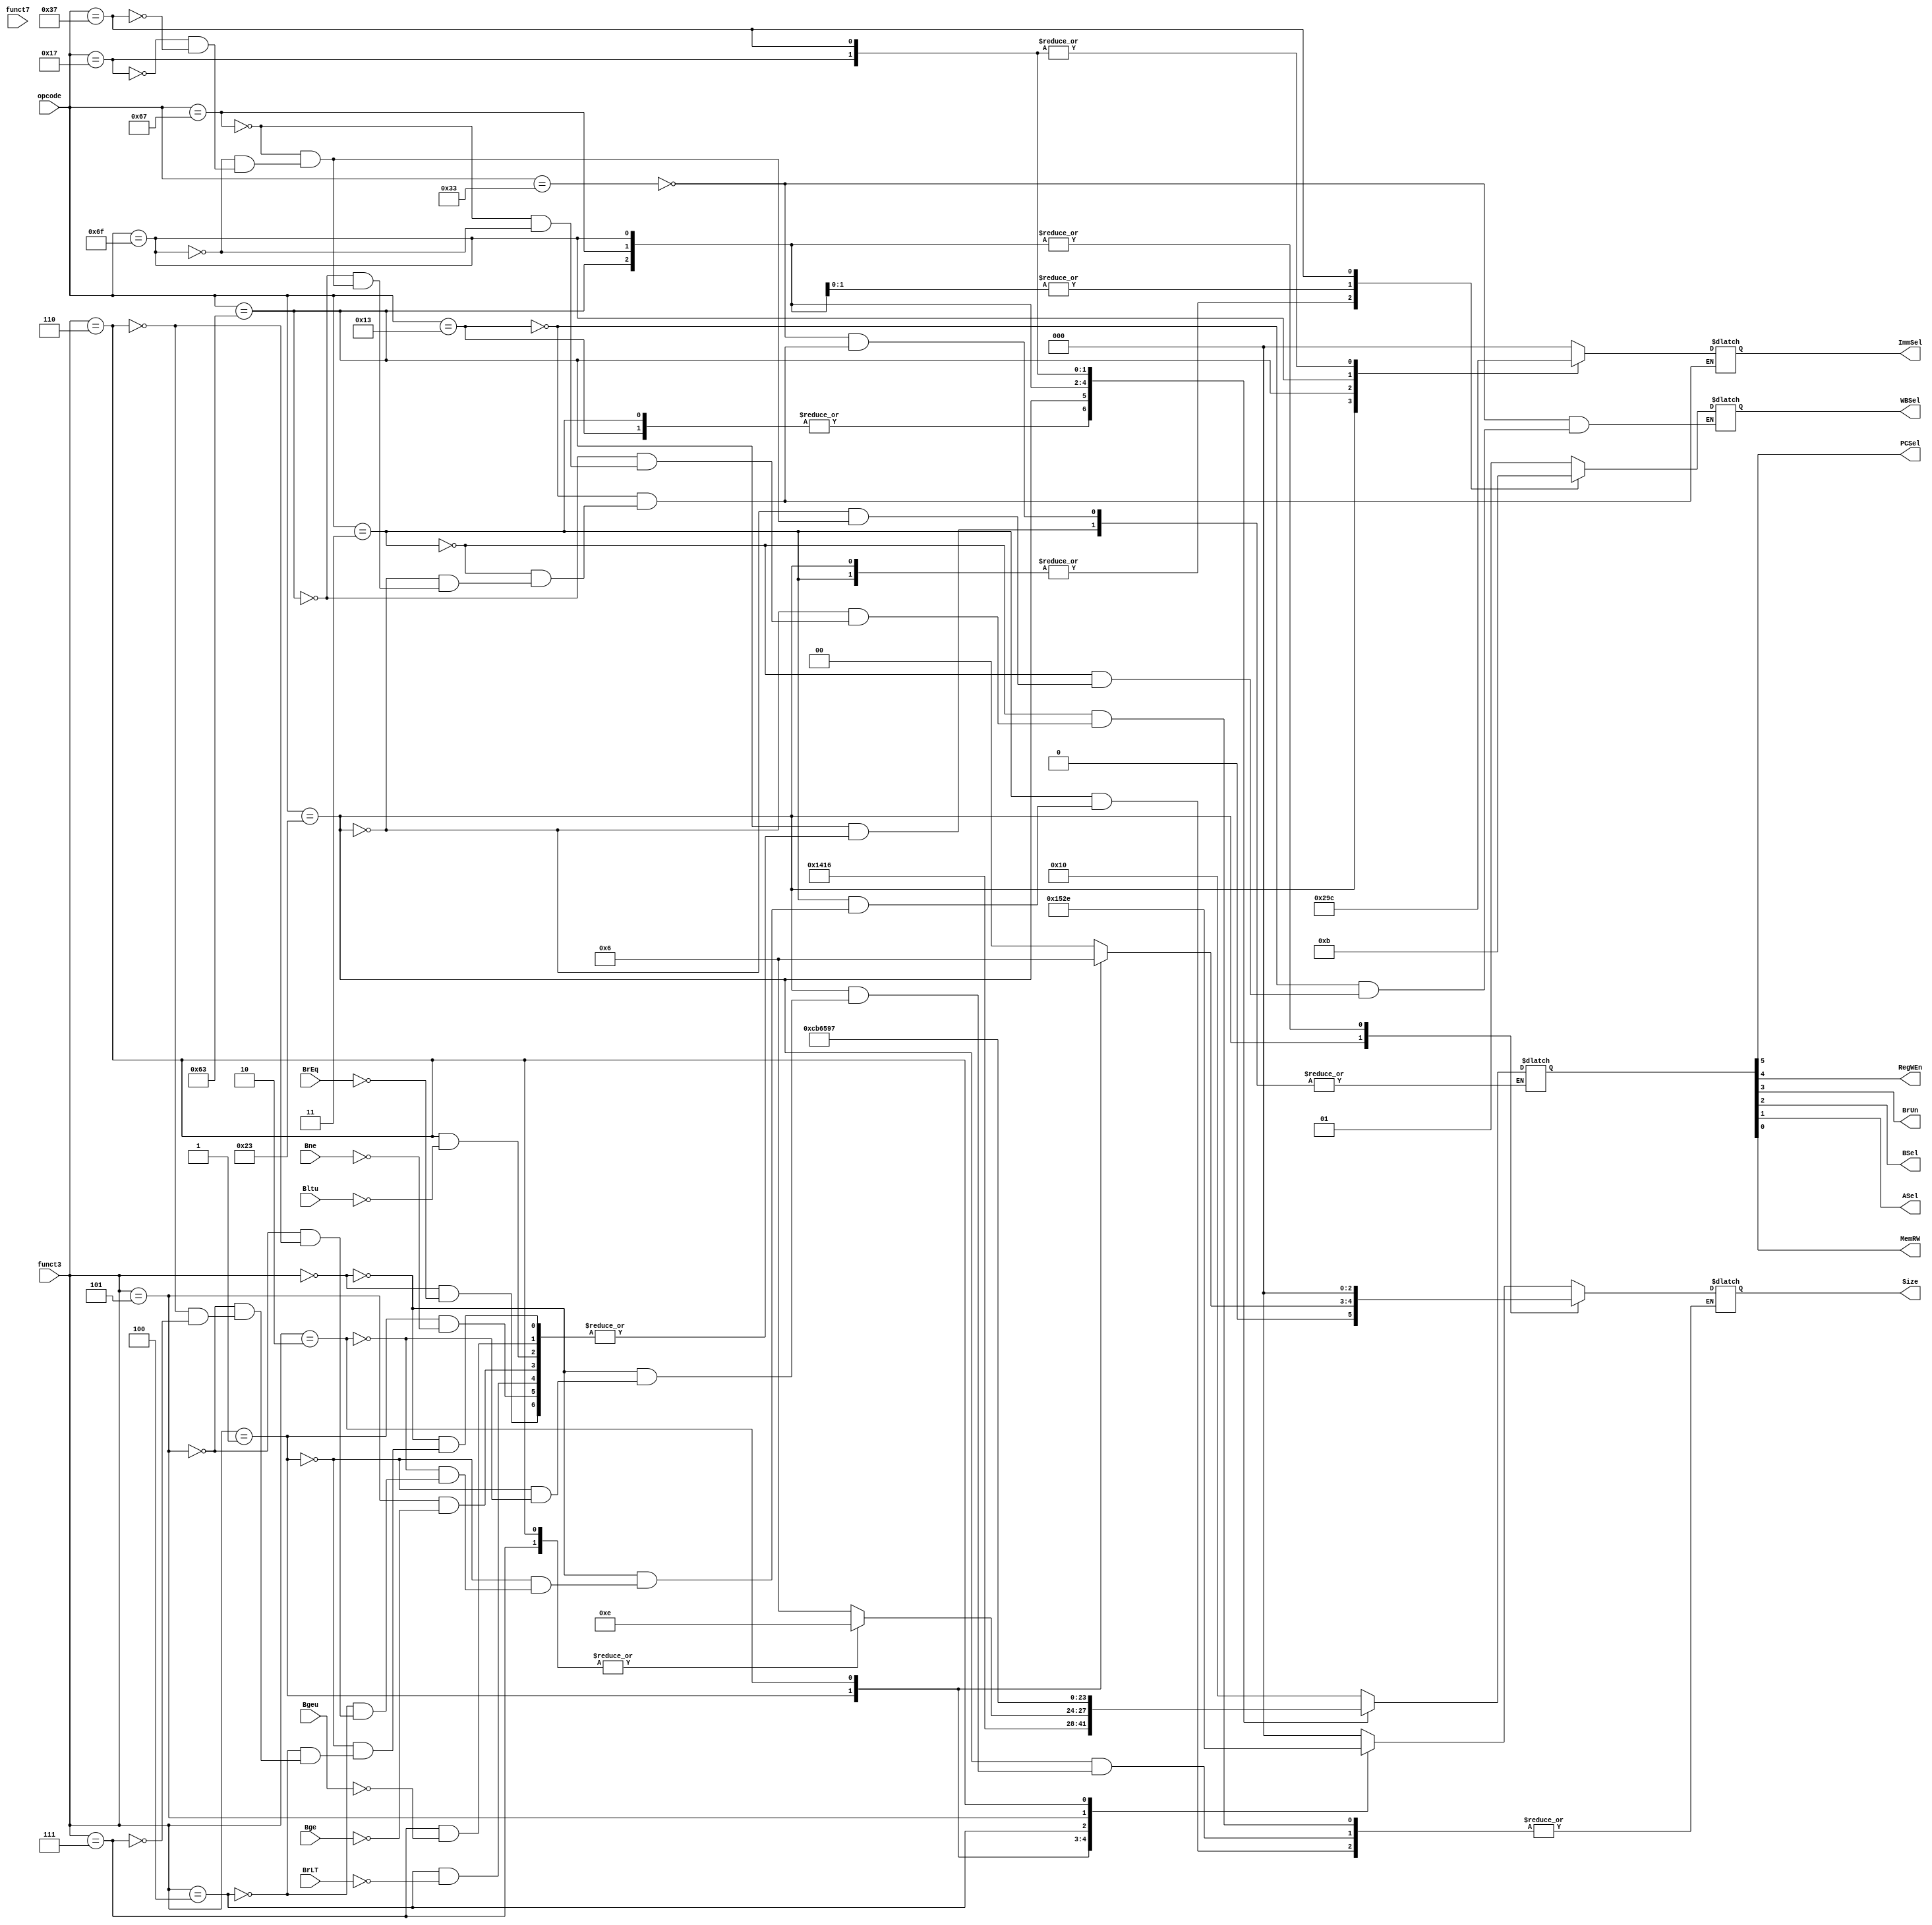
module Control(
input [6:0] opcode,
input [2:0] funct3,
input [6:0] funct7,
output reg PCSel,
output reg [2:0] ImmSel,
output reg RegWEn, 
output reg BrUn, 
output reg BSel, 
output reg ASel, 
output reg MemRW, 
output reg [1:0] WBSel,
output reg [2:0] Size,
input BrEq,
input BrLT,
input Bne,
input Bge,
input Bltu,
input Bgeu
);

reg [5:0] temp;
reg [5:0] branch;

always@*
begin
	case(opcode)
	7'b0110011:  //R-Type
		begin
		temp <=6'b010000;
		WBSel<= 2'b01;
		//ImmSel<=3'b000; //No Immediate Needed
		end
	7'b0010011 : //Basic I-Type
		begin
		temp <= 6'b010100;
		WBSel<= 2'b01;
		ImmSel <= 3'b000; 
		end
	7'b0000011 : //I-Type Load Word
		begin 
		temp <= 6'b010100;
		WBSel<= 2'b00;
		ImmSel <= 3'b000;
			case(funct3)
			3'b000 : Size = 3'b000;
			3'b001 : Size = 3'b001;
			3'b010 : Size = 3'b010;
			//3'b011 : Size = 3'b011;
			3'b100 : Size = 3'b100;
			3'b101 : Size = 3'b101;
			3'b110 : Size = 3'b110;
			endcase
		end
	7'b0100011 : //S-Type Word
		begin 
		temp <= 6'b000101;
		WBSel <= 2'b00;
		ImmSel <= 3'b001;
			case(funct3)
			3'b000 : Size = 3'b000;
			3'b001 : Size = 3'b001;
			3'b010 : Size = 3'b010;
			endcase
		end
	7'b1100011 : //SB-Type
		begin 
		//WBSel <= 2'b
		Size =3'b000;
		ImmSel <= 3'b010;
		 case(funct3)
		  3'b000 : begin
			if(BrEq)
			temp <= 6'b100110;
			end
		  3'b001 : begin
			if(Bne)
			temp <= 6'b100110;
			end
		  3'b100 : begin
			if(BrLT)
			temp <= 6'b100110;
			end
		  3'b101 : begin
			if(Bge)
			temp <= 6'b100110;
			end
		  3'b110 : begin
			if(Bltu)
			temp <= 6'b101110;
			end
		  3'b111 : begin
			if(Bgeu)
			temp <= 6'b101110;
			end
		endcase
		end
	7'b1100111: begin //I-Type Jalr
		ImmSel <= 3'b000;
		WBSel <=2'b10;
		temp <= 6'b110010;
		Size <='b0;
		end
	7'b1101111: begin  ///UJ-Type
		ImmSel <= 3'b011;
		WBSel <=2'b10;
		temp <= 6'b110110;
		Size <=3'b000;
		end
	7'b0010111: begin // U-Type (AUIPC)
		ImmSel <= 3'b100; //For U-Type
		WBSel <= 2'b01;  // Passes the ALU Output
		temp <= 6'b010110; 
		end
	7'b0110111: begin //U-Type (LUI)
		ImmSel <= 3'b100; 
		WBSel <= 2'b11;
		temp <= 6'b010111;
	end
	endcase
end

always@*
begin
	{PCSel,RegWEn,BrUn,BSel,ASel,MemRW}<=temp;
end

endmodule